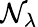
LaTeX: \mathcal{N}_{\lambda}